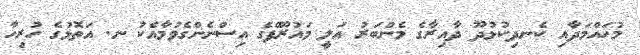
މުހައްމަދާއި ކެނދިކުޅުދޫ ދާއިރާގެ މެންބަރު އަލީ މައުރޫފްގެ އިސްނެންގެވުމާއެކު ނ. އަތޮޅުގެ ހުރިހާ